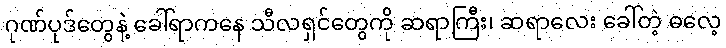
ဂုဏ်ပုဒ်တွေနဲ့ ခေါ်ရာကနေ သီလရှင်တွေကို ဆရာကြီး၊ ဆရာလေး ခေါ်တဲ့ ဓလေ့